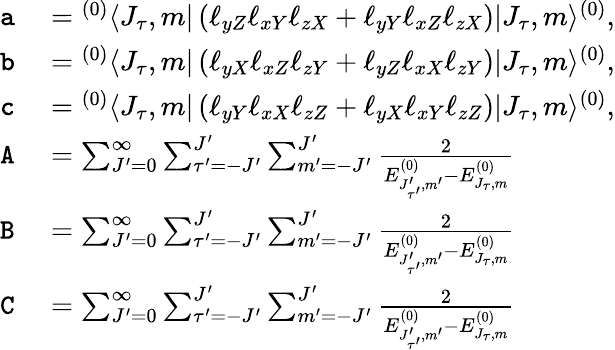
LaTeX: \begin{array}{rl}{\mathtt{a}}&{{}={}^{(0)}\langle J_{\tau},m|\left(\ell_{yZ}\ell_{xY}\ell_{zX}+\ell_{yY}\ell_{xZ}\ell_{zX}\right)|J_{\tau},m\rangle^{(0)},}\\ {\mathtt{b}}&{{}={}^{(0)}\langle J_{\tau},m|\left(\ell_{yX}\ell_{xZ}\ell_{zY}+\ell_{yZ}\ell_{xX}\ell_{zY}\right)|J_{\tau},m\rangle^{(0)},}\\ {\mathtt{c}}&{{}={}^{(0)}\langle J_{\tau},m|\left(\ell_{yY}\ell_{xX}\ell_{zZ}+\ell_{yX}\ell_{xY}\ell_{zZ}\right)|J_{\tau},m\rangle^{(0)},}\\ {\mathtt{A}}&{{}=\sum_{J^{\prime}=0}^{\infty}\sum_{\tau^{\prime}=-J^{\prime}}^{J^{\prime}}\sum_{m^{\prime}=-J^{\prime}}^{J^{\prime}}\frac{2}{E_{J_{\tau^{\prime}}^{\prime},m^{\prime}}^{(0)}-E_{J_{\tau},m}^{(0)}}}\\ {\mathtt{B}}&{{}=\sum_{J^{\prime}=0}^{\infty}\sum_{\tau^{\prime}=-J^{\prime}}^{J^{\prime}}\sum_{m^{\prime}=-J^{\prime}}^{J^{\prime}}\frac{2}{E_{J_{\tau^{\prime}}^{\prime},m^{\prime}}^{(0)}-E_{J_{\tau},m}^{(0)}}}\\ {\mathtt{C}}&{{}=\sum_{J^{\prime}=0}^{\infty}\sum_{\tau^{\prime}=-J^{\prime}}^{J^{\prime}}\sum_{m^{\prime}=-J^{\prime}}^{J^{\prime}}\frac{2}{E_{J_{\tau^{\prime}}^{\prime},m^{\prime}}^{(0)}-E_{J_{\tau},m}^{(0)}}}\end{array}